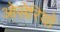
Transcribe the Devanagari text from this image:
ओसेरियो